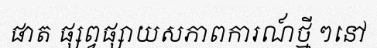
ផាត ផ្សព្វផ្សាយសភាពការណ៍ថ្មី ៗនៅ